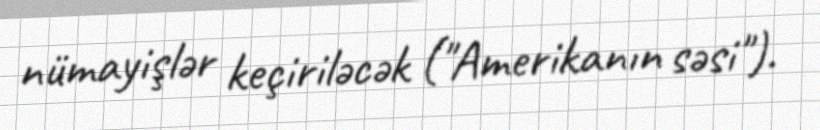
nümayişlər keçiriləcək ("Amerikanın səsi").